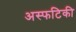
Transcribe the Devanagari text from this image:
अस्फटिकी